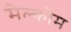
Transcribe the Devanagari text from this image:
मेल्कोम